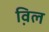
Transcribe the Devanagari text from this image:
व़िल